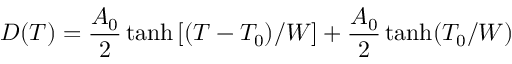
D ( T ) = \frac { A _ { 0 } } { 2 } \operatorname { t a n h } \left[ ( T - T _ { 0 } ) / W \right] + \frac { A _ { 0 } } { 2 } \operatorname { t a n h } ( T _ { 0 } / W )